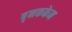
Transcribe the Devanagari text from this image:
बृनककेन